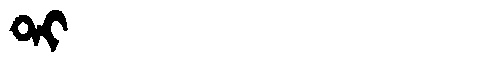
Manchu: ᡨᡳ
Romanization: TI